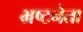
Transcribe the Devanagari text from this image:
भ्रष्टनेता